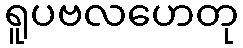
ရူပဗလဟေတု